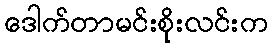
ဒေါက်တာမင်းစိုးလင်းက